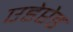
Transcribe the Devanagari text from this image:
एडेप्टेड